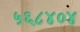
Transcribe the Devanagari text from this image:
५६८४०४